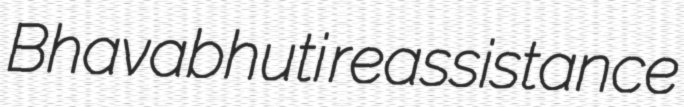
Bhavabhuti reassistance